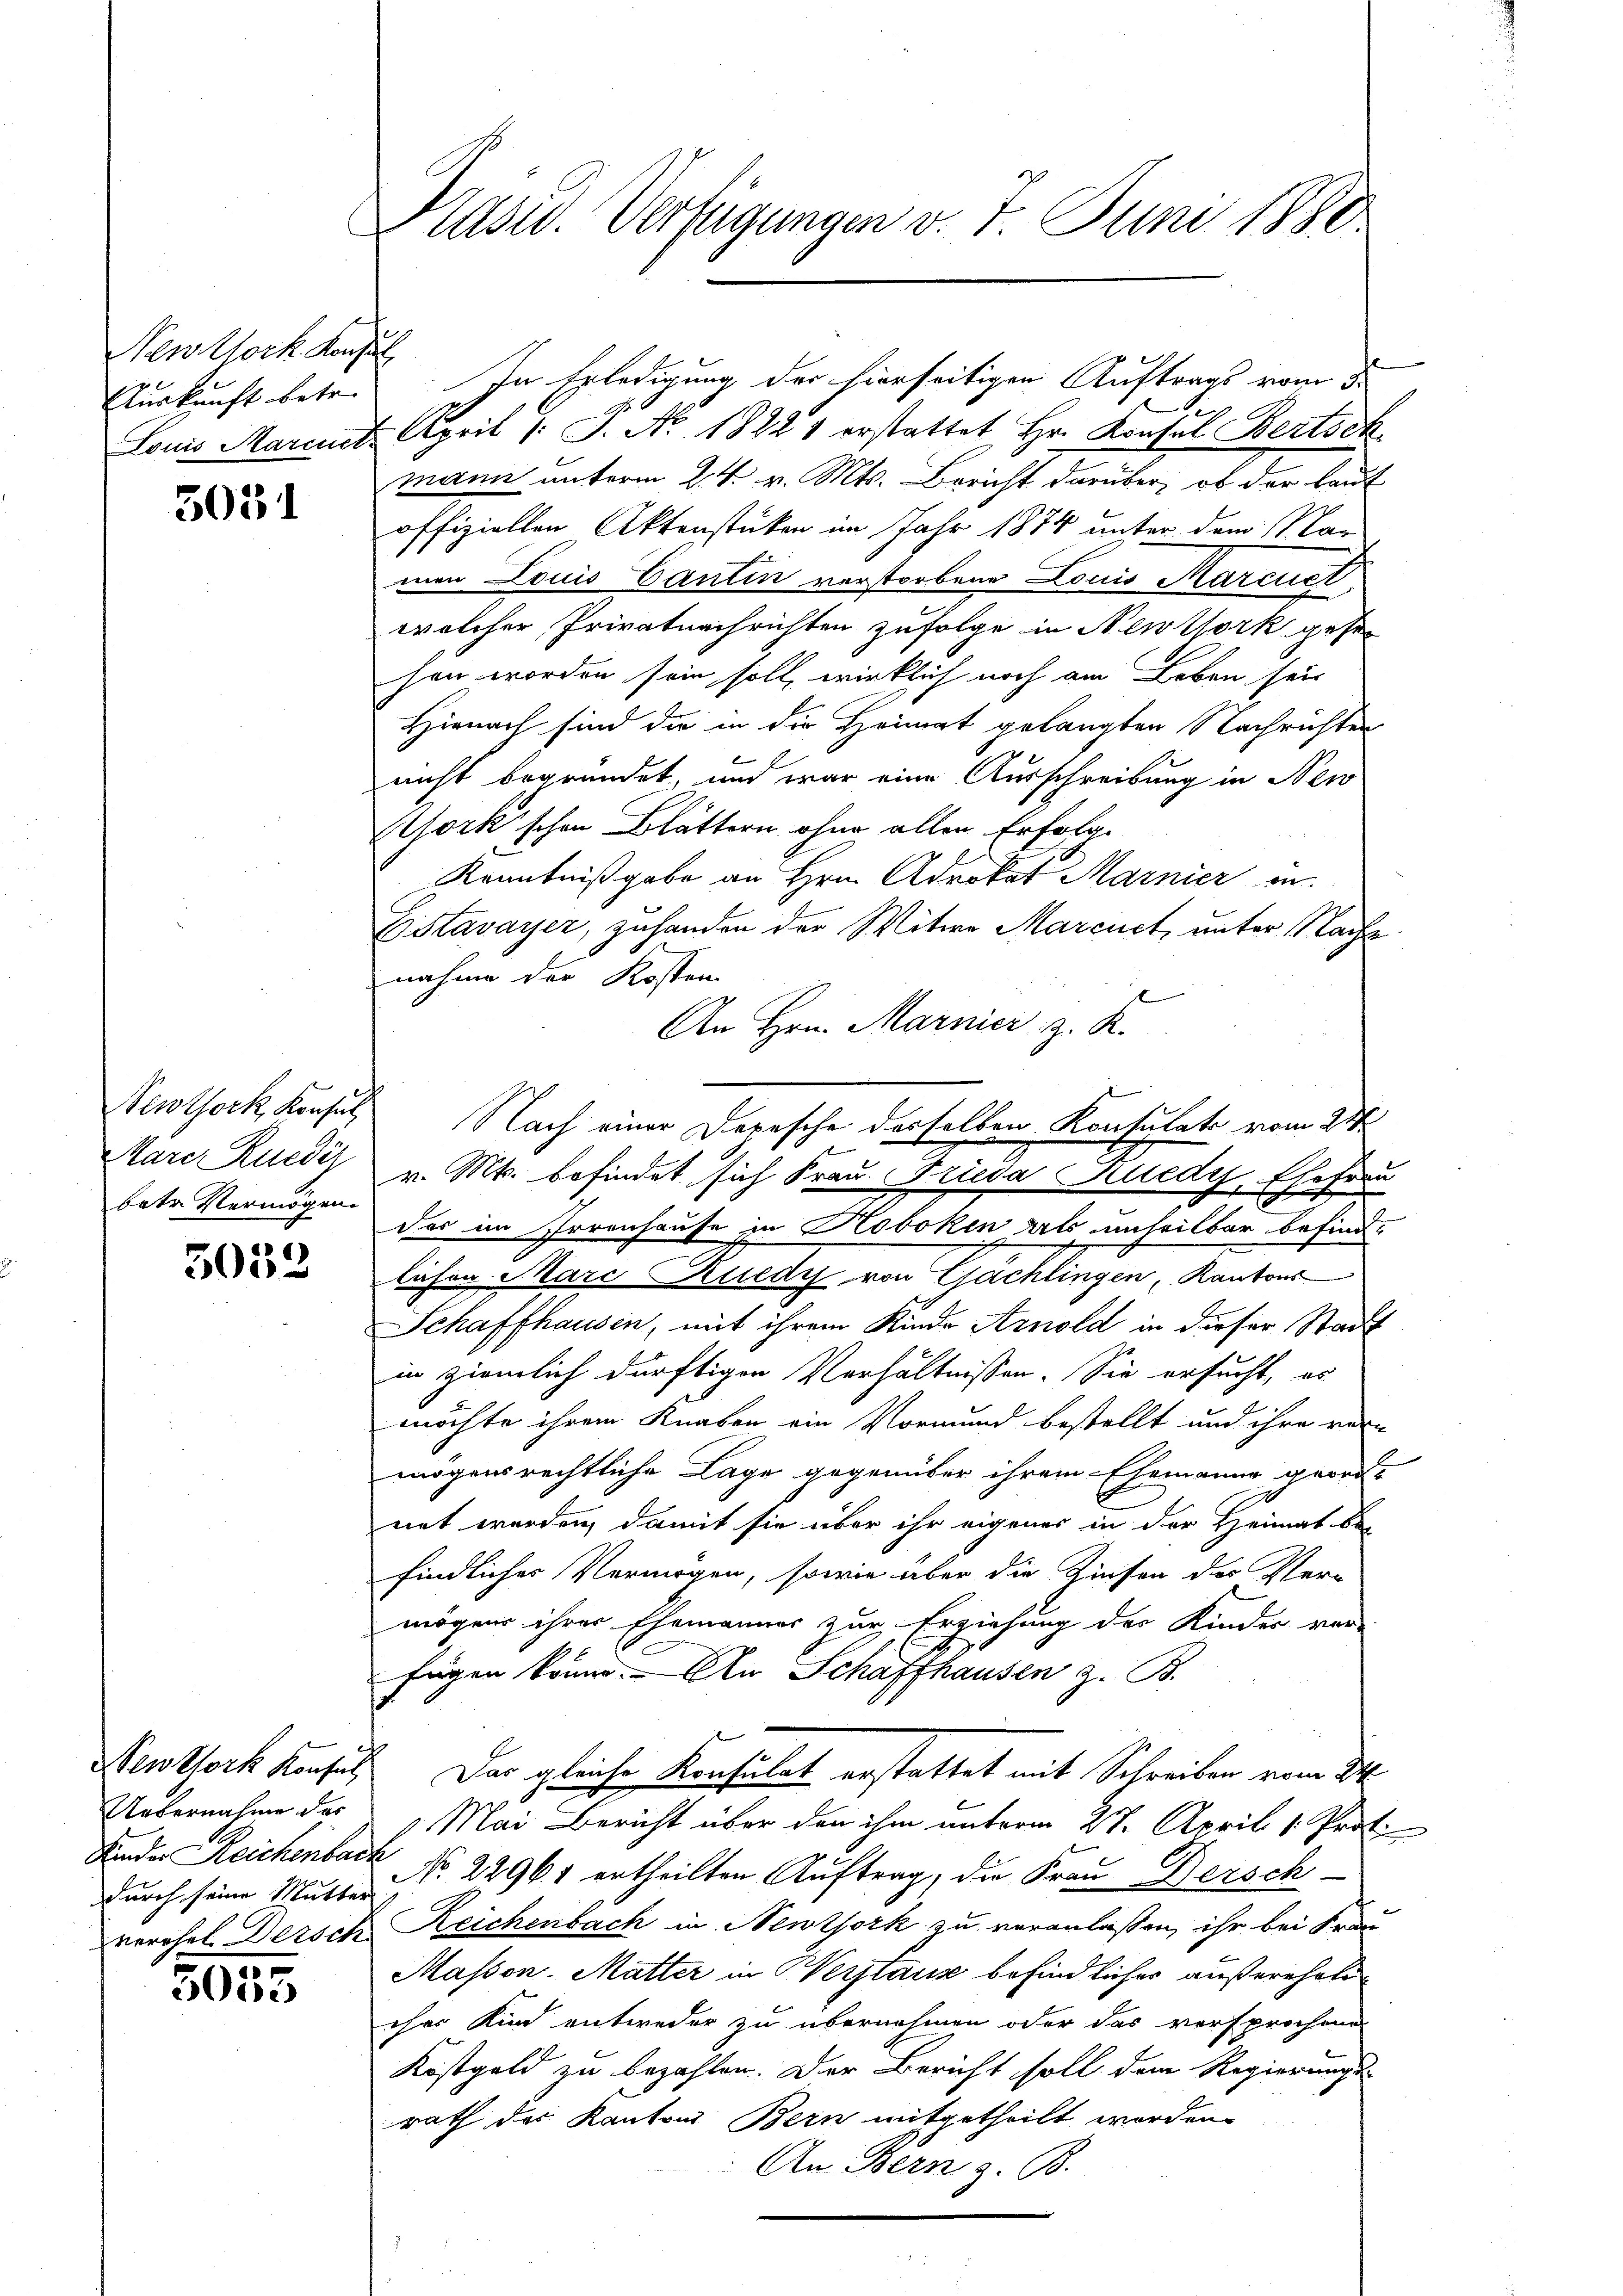
Neuthork Konsul
Auskunft betr.

3031

Mare Ruediz
beter Vermögen.

3053

Uebernahme des
Kinder Reichenbach

3055

Präsid. Verfügungen v. 7. Juni 1880

Louis Mariet. April 1. P. No. 1822 1 erstattet Hr. Konsul Bertsch
mann unterm 24. v. Mts. Bericht darüber, ob der laut
offiziellen Aktenstücken im Jahr 1874 unter dem Mar
men Louis Cantin verstorbene Louis Marcuel.
welcher Privatnachrichten zufolge in Newtork gese
hen worden sein soll, wirklich noch am Leben seit
Hienach sind die in die Heimat gelangten Nachrichten
nicht begründet, und war eine Ausschreibung in New
York’schen Blättern ohne allen Erfolge
Kenntnißgabe an Hrn. Advokat Marnier in
Estavayer, zuhanden der Witwe Marcuet, unter Nachte
nahme der Kosten
An Hrn. Marnier z. K.
v. Mts. befindet sich Frau Frieda Kuedy, Ehefrau
das im Irrenhause in Hoboken als unheilbar befindlichen Marc Ruedy von Gachlingen, Kantons
Schaffhausen, mit ihrem Kinde Arnold in dieser Stadt
in ziemlich dürftigen Verhältnissen. Sie ersucht, es
möchte ihrem Knaben ein Vormund bestellt und ihre rein
mögensrechtliche Lage gegenüber ihrem Ehemanne geord
net werden, damit sie über ihr eigenes in der Heimat bei
findliches Vermögen, sowie über die Zinsen des Ver-
mögens ihrer Ehemannes zur Erziehung der Kinder ver-
fügen könne. An Schaffhausen z. B.
Newtlork Konsul Das gleiche Konsulat erstattet mit Schreiben vom 31.
6. Mai Bericht über den ihm unterm 27. April 1. Prot
durch seine Mutter No. 22961 ertheilten Auftrag, die Frau Dersch
verehel. Dersch Reichenbach in Newtork zu veranlaßen, ihr bei Frau
Masson, Mutter in Werstanz befindlicher außereheli
cher Kind entweder zu übernehmen oder das versprochend
Kostgeld zu bezahlen. Der Bericht soll dem Regierungsrath des Kantons Bern mitgetheilt worden.
An Bern z. B.

Neuthock, Konsuls Nach einer Depesche derselben Konsulats vom 24.
f

In Erledigung der hierseitigen Auftrags vom 5.